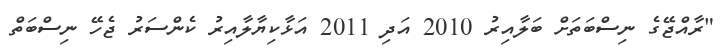
"ރާއްޖޭގެ ނިސްބަތަށް ބަލާއިރު 2010 އަދި 2011 އަޅާކިޔާލާއިރު ކެންސަރު ޖެހޭ ނިސްބަތް